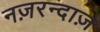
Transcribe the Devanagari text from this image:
नज़रन्दाज़